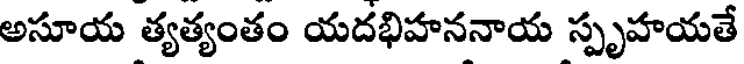
అసూయ త్యత్యంతం యదభిహననాయ స్పృహయతే